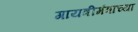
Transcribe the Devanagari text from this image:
गायत्रीमंत्राच्या